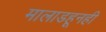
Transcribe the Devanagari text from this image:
मालाडहूनही